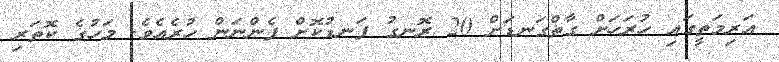
އަރިމަތީގައި ހުރަހަށް ގާތްގަނޑަށް 20 ރޮނގު ފަނޑުކޮށް ފެންނަން ހުރެއެވެ. މަހުގެ ކޮތަރި